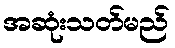
အဆုံးသတ်မည်